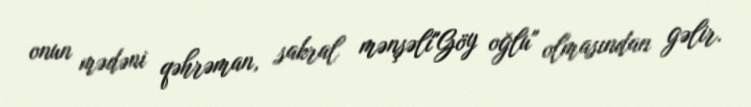
onun mədəni qəhrəman, sakral mənşəli"Göy oğlu" olmasından gəlir.